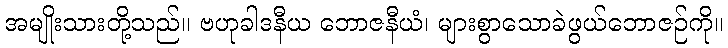
အမျိုးသားတို့သည်။ ဗဟုခါဒနီယ ဘောဇနီယံ၊ များစွာသောခဲဖွယ်ဘောဇဉ်ကို။